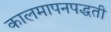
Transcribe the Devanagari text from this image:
कालमापनपद्धती